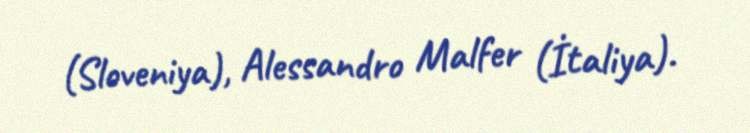
(Sloveniya), Alessandro Malfer (İtaliya).